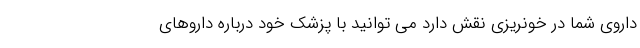
داروی شما در خونریزی نقش دارد می توانید با پزشک خود درباره داروهای